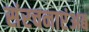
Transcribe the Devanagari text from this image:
संरचनाएंअब